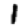
Digit: 1